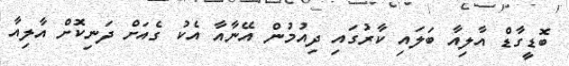
ބޮޑީގާޑް އާލިއާ ބަލައި ކާރުގައި ދިއުމުން އޭނާއާ އެކު ގެއަށް ދަނިކޮށް އާލިއާ